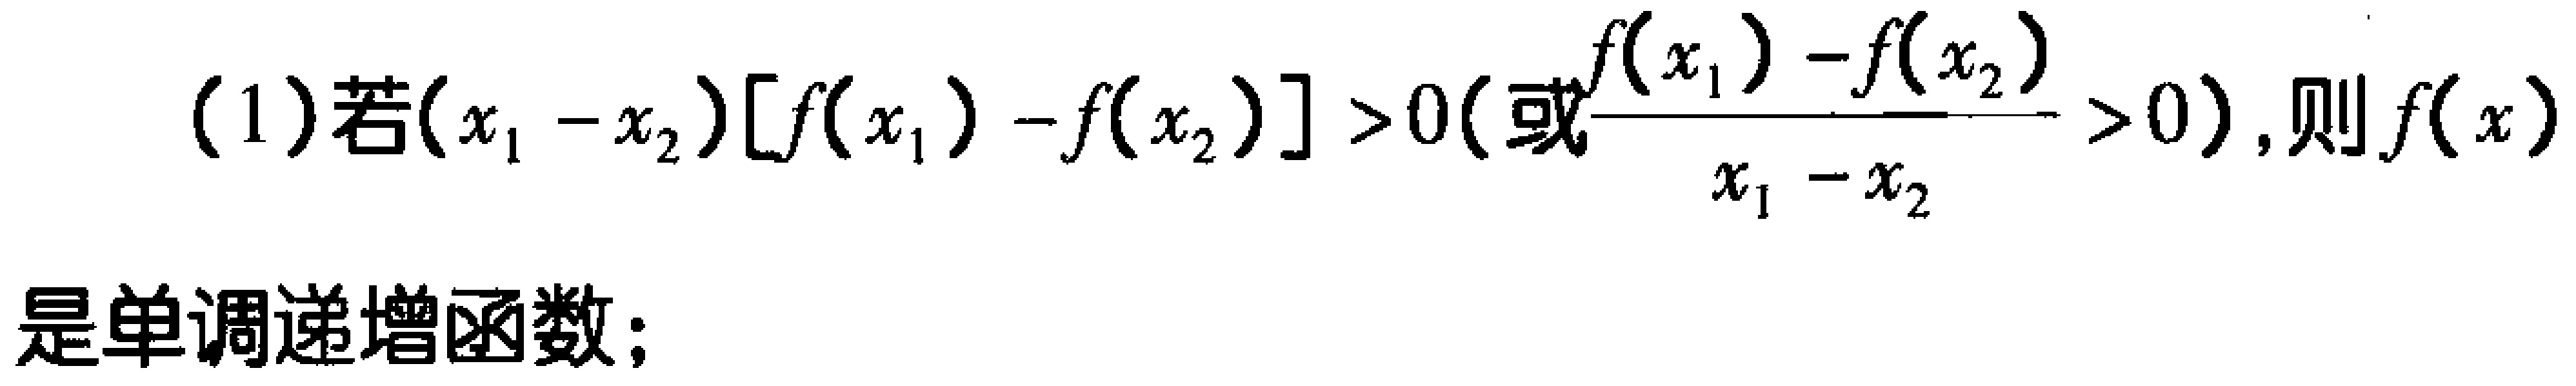
(1)若\((x_{1}-x_{2})[f(x_{1}) - f(x_{2})]>0(\text{或}\frac{f(x_{1}) - f(x_{2})}{x_{1}-x_{2}}>0)\)，则\(f(x)\)是单调递增函数；